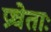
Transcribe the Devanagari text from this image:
प्रचेताः